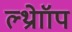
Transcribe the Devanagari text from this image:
ल्थ्रोाॉप